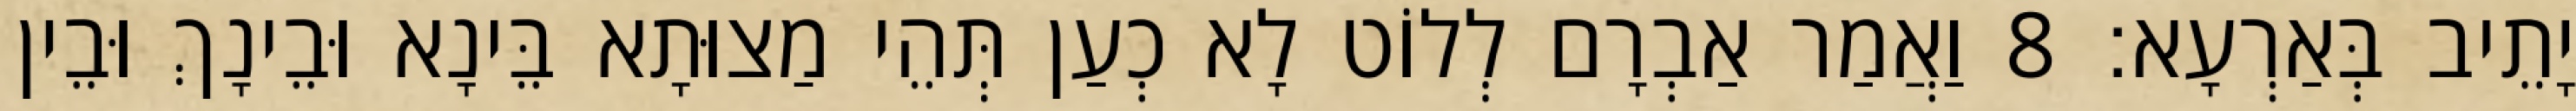
יָתֵיב בְּאַרְעָא׃ 8 וַאֲמַר אַבְרָם לְלוֹט לָא כְעַן תְּהֵי מַצוּתָא בֵּינָא וּבֵינָךְ וּבֵין